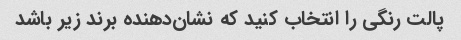
پالت رنگی را انتخاب کنید که نشان‌دهنده برند زیر باشد